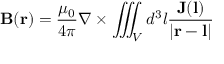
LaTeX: \mathbf { B } ( \mathbf { r } ) = { \frac { \mu _ { 0 } } { 4 \pi } } \nabla \times \iiint _ { V } d ^ { 3 } l { \frac { \mathbf { J } ( \mathbf { l } ) } { | \mathbf { r } - \mathbf { l } | } }